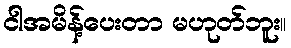
ငါအမိန့်ပေးတာ မဟုတ်ဘူး။